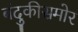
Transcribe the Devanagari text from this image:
बंदुकीसमोर